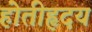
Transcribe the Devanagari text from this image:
होतीहृदय